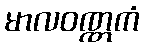
မာလဝဏ္ဏကံ